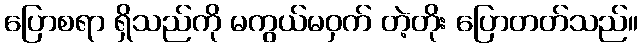
ပြောစရာ ရှိသည်ကို မကွယ်မဝှက် တဲ့တိုး ပြောတတ်သည်။